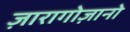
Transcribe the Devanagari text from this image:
ज़ारागोज़ानो